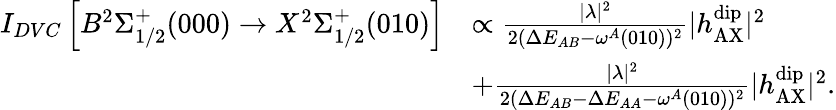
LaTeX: \begin{array}{rl}{I_{DVC}\left[B^{2}\Sigma_{1/2}^{+}(000)\rightarrow X^{2}\Sigma_{1/2}^{+}(010)\right]}&{\propto\frac{|\lambda|^{2}}{2(\Delta E_{AB}-\omega^{A}(010))^{2}}|h_{\mathrm{AX}}^{\mathrm{dip}}|^{2}}\\ &{+\frac{|\lambda|^{2}}{2(\Delta E_{AB}-\Delta E_{AA}-\omega^{A}(010))^{2}}|h_{\mathrm{AX}}^{\mathrm{dip}}|^{2}.}\end{array}